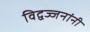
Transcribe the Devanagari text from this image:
विद्वज्जनांनी